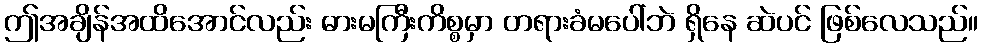
ဤအချိန်အထိအောင်လည်း ဓားမကြီးကိစ္စမှာ တရားခံမပေါ်ဘဲ ရှိနေ ဆဲပင် ဖြစ်လေသည်။